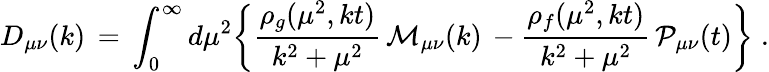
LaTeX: D_{\mu\nu}(k)\, =\, \int_{0}^{\infty}d\mu^{2}\bigg\{ \frac{\rho_{g}(\mu^{2},kt)}{k^{2}+\mu^{2}}\, {\mathcal M}_{\mu\nu}(k)\, -\frac{\rho_{f}(\mu^{2},kt)}{k^{2}+\mu^{2}}\, {\mathcal P}_{\mu\nu}(t)\bigg\} \; .